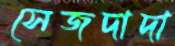
সেজদাদা